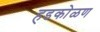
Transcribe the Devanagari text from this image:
हडकोळण